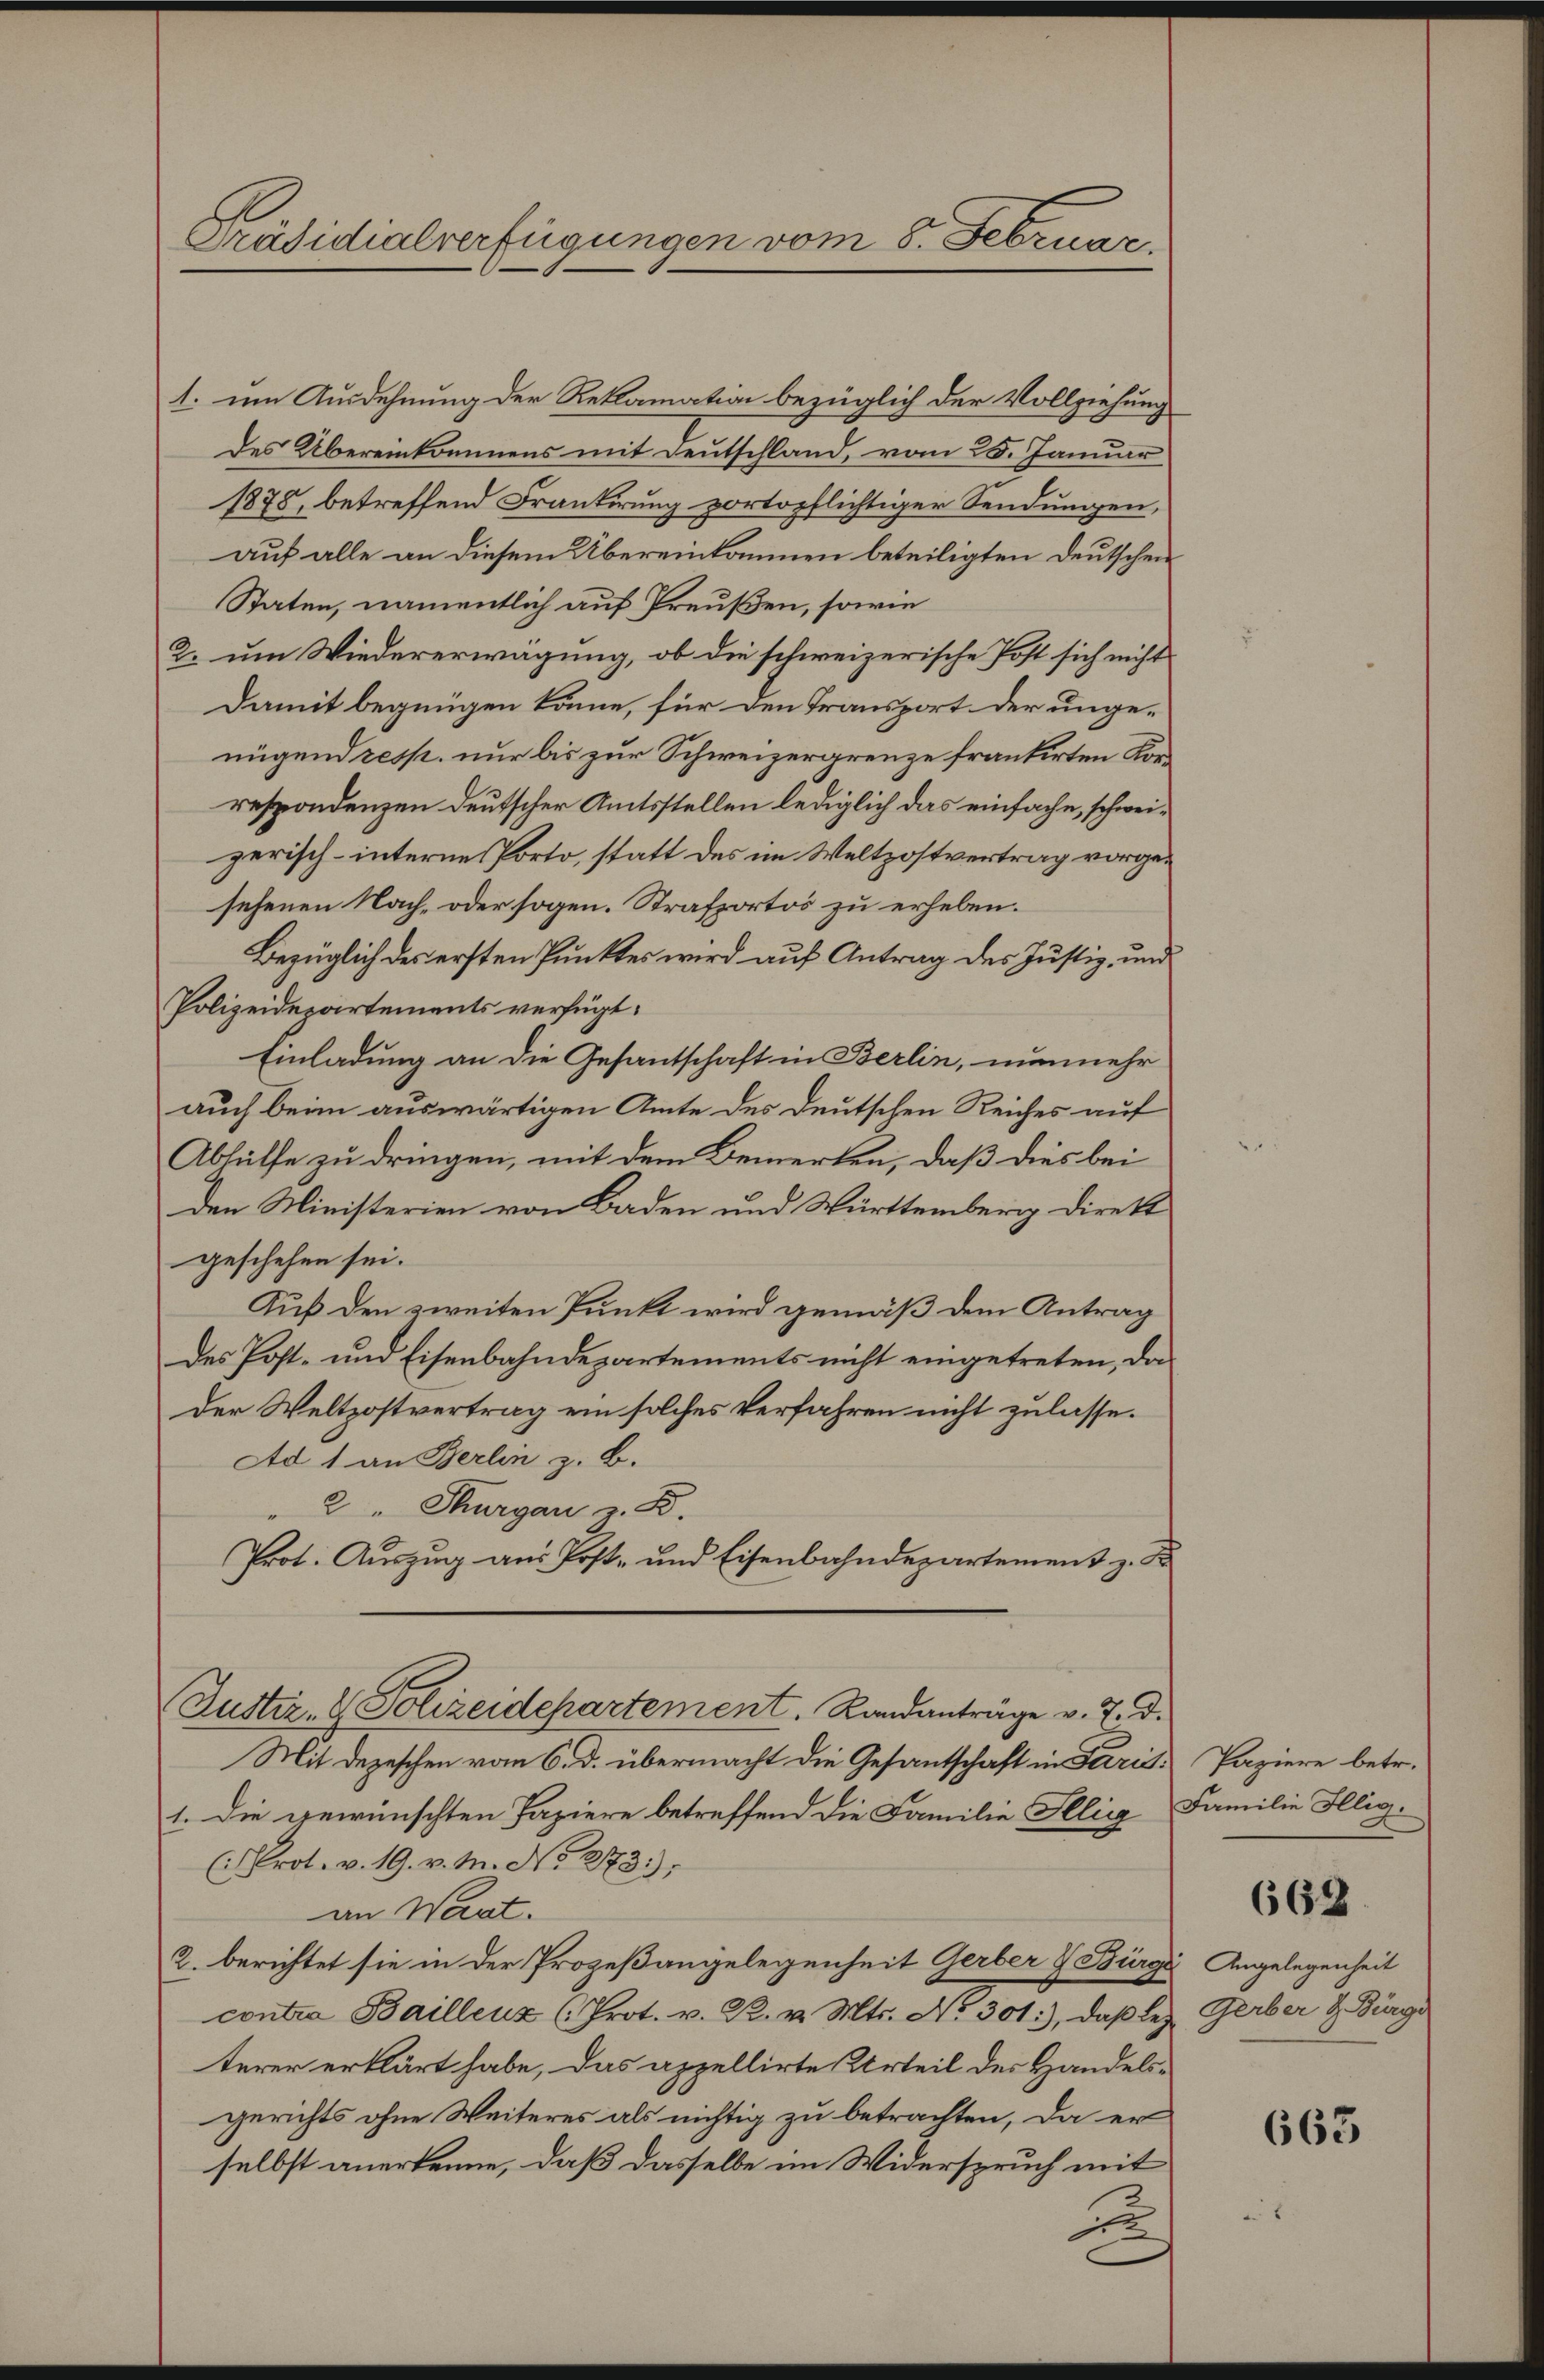
Präsidialverfügungen vom 8. Februar.

1. um Ausdehnung der Reklamation bezüglich der Vollziehung
des Übereinkommens mit Deutschland, vom 25. Januar
1878, betreffend Frankirung portopflichtiger Sendungen,
auf alle an diesem Übereinkommen beteiligten Deutschen
Staten, namentlich auf Preußen, sowie
2. um Wiedererwägung, ob die schweizerische Post sich nicht
Damit begnügen könne, für den Transport der unge-
nügend resp. nur bis zur Schweizergrenze frankirten Korrespondenzen deutscher Amtsstellen lediglich das einfache, schweizerisch-internes Porto, statt des im Weltzostvertrag vorgesehenen Nach- oder sogen. Strafportos zu erheben.
Bezüglich des ersten Punktes wird auf Antrag des Justiz, und
Polizeidepartements verfügt:
Einladung an die Gesantschaft in Berlin, nunmehr
auch beim auswärtigen Amte des Deutschen Reiches auf
Abhülfe zu dringen, mit dem Bemerken, daß dies bei
den Ministerien von Baden und Württemberg direkt
geschehen sei.
Kuß den zweiten Punkt wird gemäß dem Antrag
des Post- und Eisenbahndepartements nicht eingetreten, da
der Weltzostvertrag ein solches Verfahren nicht zulasse.
Ad 1 an Berlin z. B.
" 2 " Thurgau z. B.
Prot. Auszug aus Post- und Eisenbahndepartement z. B
Justiz- & Polizeidepartement. Randanträge v. 7. d.
Mit Depeschen vom 6. d. übermacht die Gesantschaft in Paris. Papiere betr.
1. Die gewünschten Papiere betreffend die Familie Illig
(rot. v. 19. v. M. No. 273.)
an Werat.
2. berichtet sie in der Prozeßangelegenheit Gerber & Bürge Angelegenheit
contra Baillenz (Prot. v. R. v. Mts. No 301, daß lez
terer erklärt habe, das appellirte Urteil der Handelsgerichts ohne Weiteres als nichtig zu betrachten, da er
selbst anerkenne, daß dasselbe im Widerspruch mit
E

Familie Illig.

662

Gerber d. Bürge

663